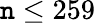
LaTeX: \mathtt{n}\leq259